Observations on rabies - Number 36
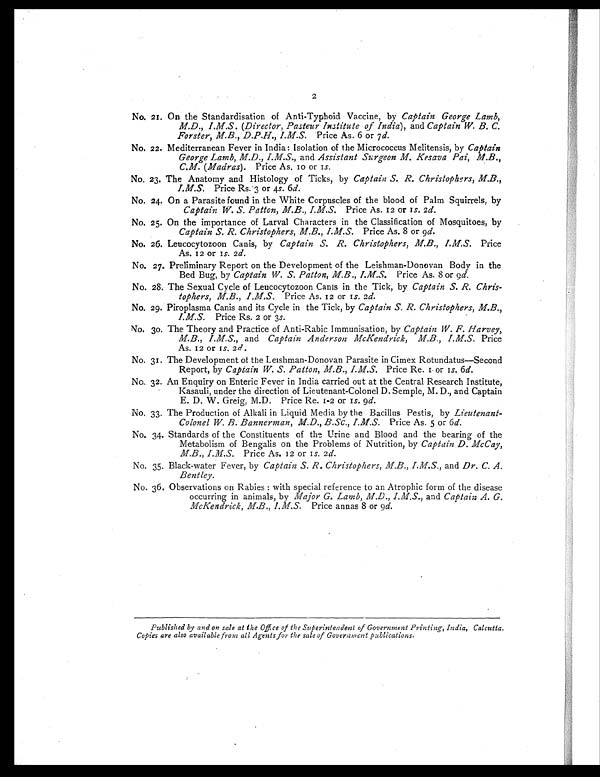
2
No. 21. On the Standardisation of Anti-Typhoid Vaccine, by Captain George Lamb,
M.D., I.M.S . (Director, Pasteur Institute of India), and Captain W. B. C.
Forster, M.B., D.P.H., I.M.S. Price As. 6 or 7d.
No. 22. Mediterranean Fever in India: Isolation of the Micrococcus Melitensis, by Captain
George Lamb, M.D., I.M.S., and Assistant Surgeon M. Kesava Pai, M.B.,
C.M. (Madras). Price As. 10 or 1 s .
No. 23. The Anatomy and Histology of Ticks, by Captain S. R. Christophers, M.B.,
I.M.S. Price Rs.3 or 4s . 6d.
No. 24. On a Parasite found in the White Corpuscles of the blood of Palm Squirrels, by
Captain W. S. Patton, M.B., I.M.S. Price As. 12 or 1s. 2 d.
No. 25. On the importance of Larval Characters in the Classification of Mosquitoes, by
Captain S. R. Christophers, M.B., I.M.S. Price As. 8 or 9d.
No. 26. Leucocytozoon Canis, by Captain S. R. Christophers, M.B., I.M.S. Price
As. 12 or 1s. 2 d.
No. 27. Preliminary Report on the Development of the Leishman-Donovan Body in the
Bed Bug, by Captain W. S. Patton, M.B., I.M.S. Price As. 8 or 9 d.
No. 28. The Sexual Cycle of Leucocytozoon Canis in the Tick, by Captain S. R. Chris-
tophers, M.B., I.M.S. Price As. 12 or 1s. 2 d.
No. 29. Piroplasma Canis and its Cycle in the Tick, by Captain S. R. Christophers, M.B.,
I.M.S. Price Rs. 2 or 3 s.
No. 30. The Theory and Practice of Anti-Rabic Immunisation, by Captain W. F. Harvey,
M.B., I.M.S., and Captain Anderson McKendrick, MB., I.M.S. Price
As. 12 or 1s. 2 d ,
No. 31. The Development of the Leishman-Donovan Parasite in Cimex Rotundatus—Second
Report, by Captain W. S. Patton, M.B., I.M.S. Price Re. or 1 s. 6d.
No,. 32. An Enquiry on Enteric Fever in India carried out at the Central Research Institute,
Kasauli, under the direction of Lieutenant-Colonel D. Semple, M. D., and Captain
E. D. W. Greig, M.D. Price Re. 1-2 or 1s. 9d.
No. 33. The Production of Alkali in Liquid Media by the Bacillus Pestis, by Lieutenant-
Colonel W. B. Bannerman, M.D., B.Sc., I.M.S. Price As. 5 or 6 d.
No. 34. Standards of the Constituents of the Urine and Blood and the bearing of the
Metabolism of Bengalis on the Problems of Nutrition, by Captain D. McCay,
M.B., I.M.S. Price As. 12 or 1s . 2 d.
No. 35. Black-water Fever, by Captain S. R. Christophers, M.B., I.M.S., and Dr. C. A.
Bentley.
No. 36. Observations on Rabies : with special reference to an Atrophic form of the disease
occurring in animals, by Major G. Lamb, M.D., and Captain A. G.
McKendrick, M.B., I.M.S. Price annas 8 or 9 d.
Published by and on sale at the Office of the Superintendent of Government Printing, India, Calcutta.
Copies are also available from all Agents for the sale of Government publications.